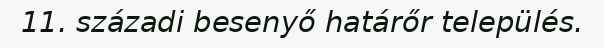
11. századi besenyő határőr település.